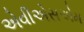
એવીએસએમ